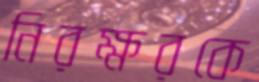
নিরক্ষরকে